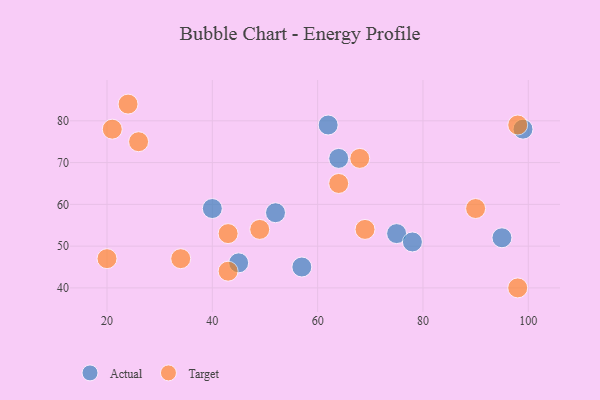
{"axis": {"x": "GDP", "y": "Life Expectancy"}, "legend": ["Actual", "Target"], "data": [{"x": "57", "y": 45, "type": "Actual"}, {"x": "40", "y": 59, "type": "Actual"}, {"x": "62", "y": 79, "type": "Actual"}, {"x": "45", "y": 46, "type": "Actual"}, {"x": "95", "y": 52, "type": "Actual"}, {"x": "75", "y": 53, "type": "Actual"}, {"x": "99", "y": 78, "type": "Actual"}, {"x": "52", "y": 58, "type": "Actual"}, {"x": "78", "y": 51, "type": "Actual"}, {"x": "64", "y": 71, "type": "Actual"}, {"x": "90", "y": 59, "type": "Target"}, {"x": "20", "y": 47, "type": "Target"}, {"x": "98", "y": 79, "type": "Target"}, {"x": "49", "y": 54, "type": "Target"}, {"x": "68", "y": 71, "type": "Target"}, {"x": "64", "y": 65, "type": "Target"}, {"x": "69", "y": 54, "type": "Target"}, {"x": "43", "y": 44, "type": "Target"}, {"x": "98", "y": 40, "type": "Target"}, {"x": "34", "y": 47, "type": "Target"}, {"x": "43", "y": 53, "type": "Target"}, {"x": "26", "y": 75, "type": "Target"}, {"x": "24", "y": 84, "type": "Target"}, {"x": "21", "y": 78, "type": "Target"}]}